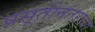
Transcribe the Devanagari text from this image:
प्रसूतीनंतरच्या